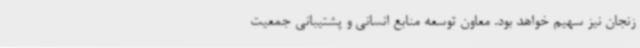
زنجان نیز سهیم خواهد بود. معاون توسعه منابع انسانی و پشتیبانی جمعیت